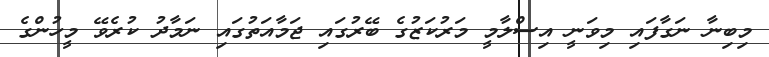
މިބިނާ ނަގާފައި މިވަނީ އިސްލާމީ މަރުކަޒުގެ ބޭރުގައި ޖަމާއަތުގައި ނަމާދު ކުރެވޭ މީހުންގެ